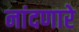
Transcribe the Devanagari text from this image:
नांदणारे